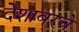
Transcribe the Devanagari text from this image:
देशावरचे